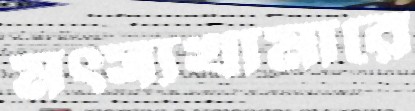
মত্স্যখামারে